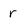
Character: r